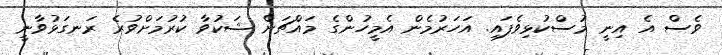
ވެސް އެ އިނީ މުސްކުޅިވެފައި. އަހަރުމެން އެމީހުންގެ މައްޗަށް ޝަކުވާ ކުރުމަށްވުރެ ރަނގަޅުވާނީ